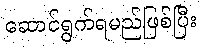
ဆောင်ရွက်ရမည်ဖြစ်ပြီး